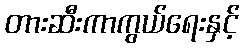
တားဆီးကာကွယ်ရေးနှင့်